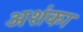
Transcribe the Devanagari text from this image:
अशंका